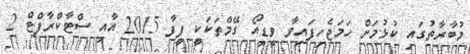
މުބާރާތުގައި ކުޅުމަށް ހަމަޖެހިފައިވާ ވީޑިއޯ ގޭމްތަކަކީ ފީފާ 2015 އާއި ސްޓާކްރާފްޓް 2